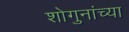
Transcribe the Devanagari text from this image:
शोगुनांच्या